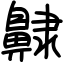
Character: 齂